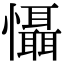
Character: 懾